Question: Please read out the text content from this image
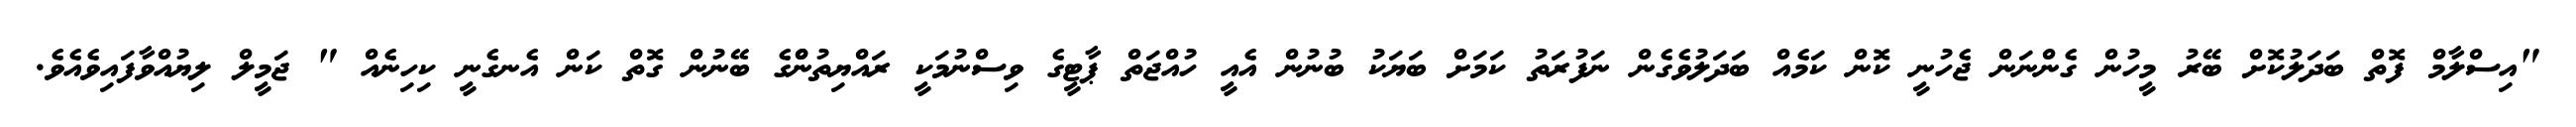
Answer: "އިސްލާމް ފޮތް ބަދަލުކޮށް ބޭރު މީހުން ގެންނަން ޖެހުނީ ކޮން ކަމެއް ބަދަލުވެގެން ނަފުރަތު ކަމަށް ބަޔަކު ބުނުން އެއީ ހުއްޖަތް ޕާޓީގެ ވިސްނުމަކީ ރައްޔިތުންްގެ ބޭނުން ގޮތް ކަން އެނގެނީ ކިހިނެއް " ޖަމީލް ލިޔުއްވާފައިވެއެވެ.